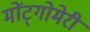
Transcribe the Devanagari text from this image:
मोंट्गोमेरी